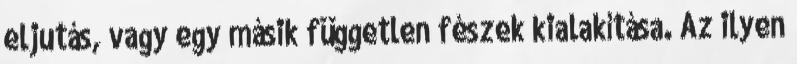
eljutás, vagy egy másik független fészek kialakítása. Az ilyen